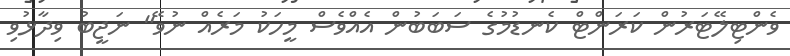
ވެންޓިލޭޓަރުން ކަރަންޓް ކެނޑުމުގެ ސަބަބުން އެއްވެސް މީހަކު މަރެއް ނުވޭ" ނަޖީބު ވިދާޅުވި